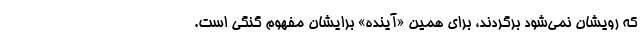
که رویشان نمی‌شود برگردند، برای همین «آینده» برایشان مفهوم گنگی است.